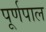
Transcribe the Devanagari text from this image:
पूर्णपाल